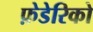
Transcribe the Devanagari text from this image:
फ़ेडेरिको